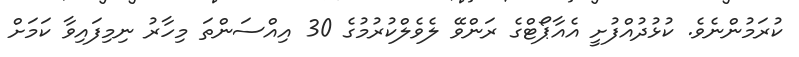
ކުރަމުންނެވެ. ކުޅުދުއްފުށީ އެއާޕޯޓްގެ ރަންވޭ ލެވެލްކުރުމުގެ 30 އިއްސަންތަ މިހާރު ނިމިފައިވާ ކަމަށް